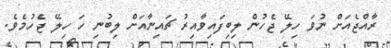
ރާއްޖެއަށް ނުވަ ހިލޭ ޖެހުން ލިބިފައިވާއިރު ޗައިނާއަށް ލިބުނި ހަ ހިލޭ ޖެހުމެވެ.